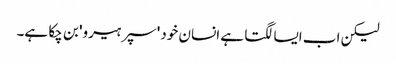
لیکن اب ایسا لگتا ہے انسان خود 'سپر ہیرو' بن چکا ہے۔